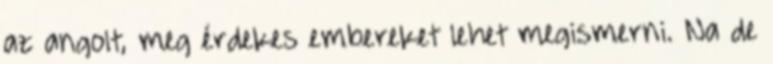
az angolt, meg érdekes embereket lehet megismerni. Na de